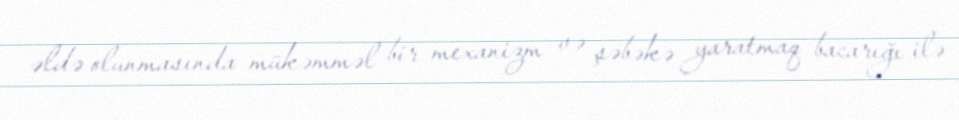
əldə olunmasında mükəmməl bir mexanizm və şəbəkə yaratmaq bacarığı ilə